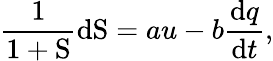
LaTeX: \frac{1}{1+\mathrm{S}}\mathrm{d}\mathrm{S}=au-b\frac{\mathrm{d}q}{\mathrm{d}t},